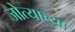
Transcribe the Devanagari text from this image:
जोत्याच्या